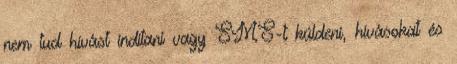
nem tud hívást indítani vagy SMS-t küldeni, hívásokat és